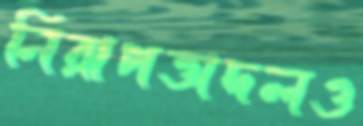
নিরাপত্তাদলও